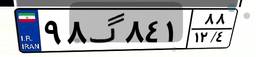
۹۸گ۸۴۱۸۸